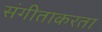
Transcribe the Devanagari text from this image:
संगीताकरता